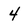
Character: 4